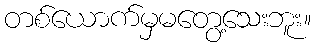
တစ်ယောက်မှမတွေ့သေးဘူး။